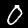
Label: 0